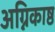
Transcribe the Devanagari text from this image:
अग्निकाष्ठ